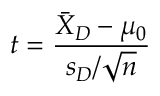
t = { \frac { { \bar { X } } _ { D } - \mu _ { 0 } } { s _ { D } / { \sqrt { n } } } }